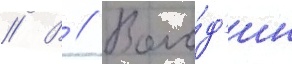
// В // Воло́д'ин